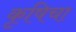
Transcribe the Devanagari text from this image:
कृषिचा